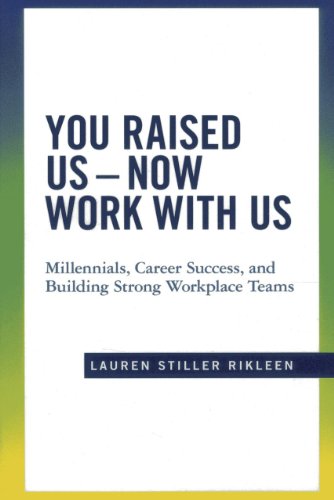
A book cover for You Raised Us - Now Work With Us: Millennials, Career Success, and Building Strong Workplace Teams; Lauren Stiller Rikleen; Business & Money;